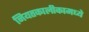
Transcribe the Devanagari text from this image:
नियतकालीकामध्ये